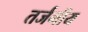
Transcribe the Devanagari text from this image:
तर्जनीय